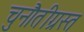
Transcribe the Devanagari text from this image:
चुनौतीग्रस्त